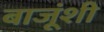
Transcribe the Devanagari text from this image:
बाजूंशी